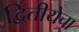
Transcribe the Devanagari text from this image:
द्वितीयेचा